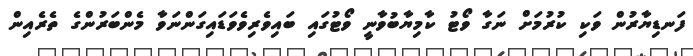
ފަނޑިޔާރުން ވަކި ކުރުމަށް ނަގާ ވޯޓު ކާމިޔާބުވާނީ ވޯޓުގައި ބައިވެރިވެވަޑައިގަންނަވާ މެންބަރުންގެ ތެރެއިން